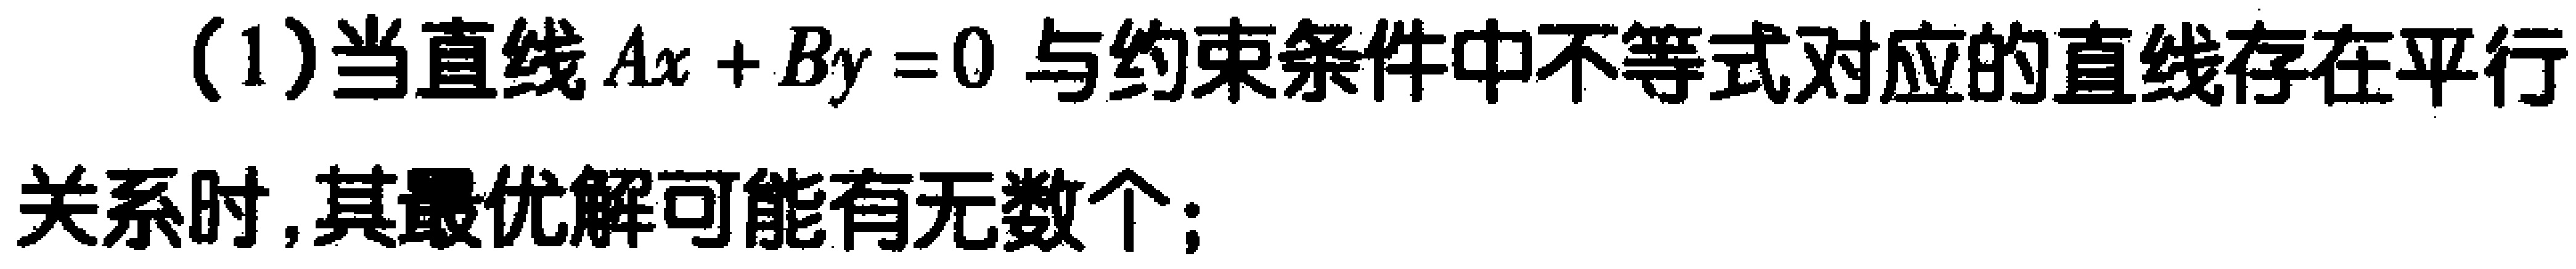
(1)当直线\(Ax + By = 0\)与约束条件中不等式对应的直线存在平行关系时,其最优解可能有无数个;